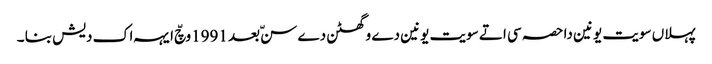
پہلاں سویت یونین دا حصہ سی اتے سویت یونین دے وگھٹن دے سنّ بعد 1991وچّ ایہہ اک دیش بنا ۔